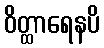
ဝိတ္ထာရေနပိ